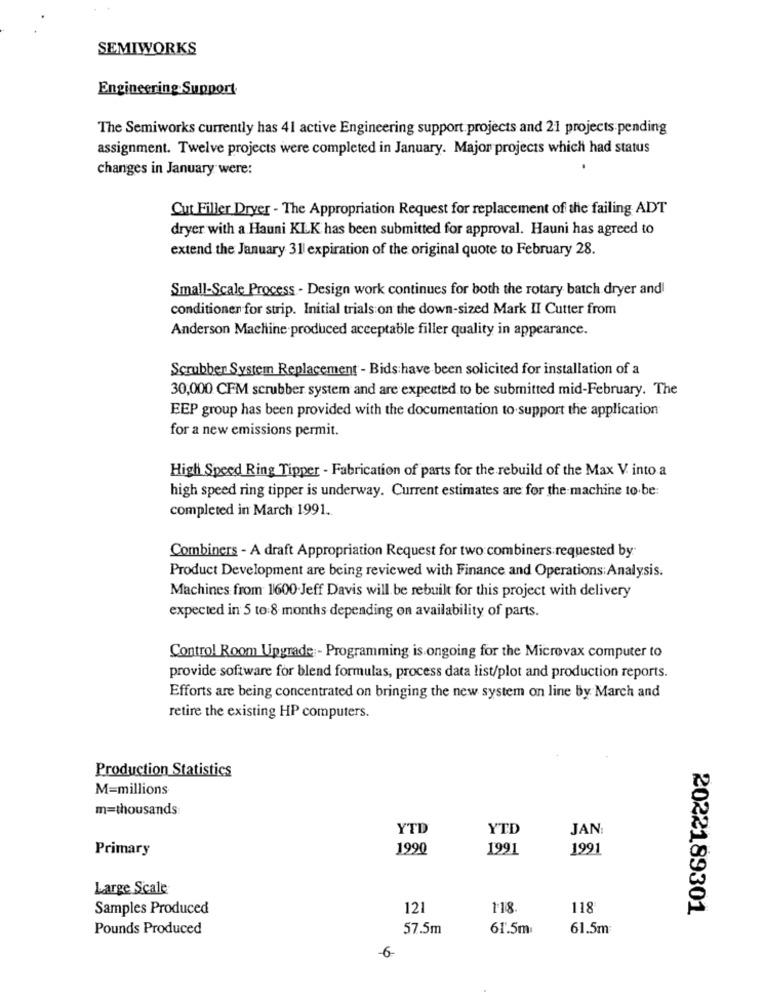
SEMIWORKS
Engineering Support
The Semiworks currently has 41 active Engineering support projects and 21 projects pending
assignment. Twelve projects were completed in January. Major projects which had status
changes in January were:
Cut Filler Dryer - The Appropriation Request for replacement of the failing ADT
dryer with a Hauni KLK has been submitted for approval. Hauni has agreed to
extend the January 31 expiration of the original quote to February 28.
Small-Scale Process - Design work continues for both the rotary batch dryer and
conditioner for strip. Initial trials on the down-sized Mark II Cutter from
Anderson Machine produced acceptable filler quality in appearance.
Scrubber System Replacement - Bids have been solicited for installation of a
30,000 CFM scrubber system and are expected to be submitted mid-February. The
EEP group has been provided with the documentation to support the application
for a new emissions permit.
High Speed Ring Tipper - Fabrication of parts for the rebuild of the Max V into a
high speed ring tipper is underway. Current estimates are for the machine to be:
completed in March 1991.
Combiners - A draft Appropriation Request for two combiners requested by
Product Development are being reviewed with Finance and Operations:Analysis.
Machines from 1600.Jeff Davis will be rebuilt for this project with delivery
expected in 5 to:8 months depending on availability of parts.
Control Room Upgrade - Programming is ongoing for the Microvax computer to
provide software for blend formulas, process data list/plot and production reports.
Efforts are being concentrated on bringing the new system on line by March and
retire the existing HP computers.
Production Statistics
M=millions
m=thousands
YTD
YTD
JAN
Primary
1990
1991
1991
Large Scale
Samples Produced
121
118
118
2022189301
Pounds Produced
57.5m
61.5m
61.5m
-6-